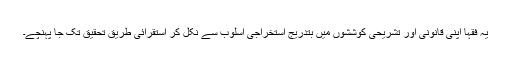
یہ فقہا اپنی قانونی اور تشریحی کوششوں میں بتدریج استخراجی اسلوب سے نکل کر استقرائی طریق تحقیق تک جا پہنچے۔